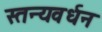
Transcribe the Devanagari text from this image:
स्तन्यवर्धन